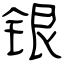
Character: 银